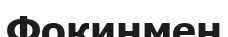
Фокинмен